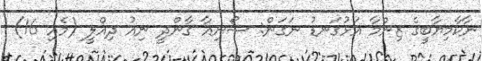
ނާކާމިޔާބީގެ ޒިންމާ އަޅުގަނޑު ނަގަން: ސޯނިއާ ގާންދީ ނިއު ދިއްލީ (މެއި 16)